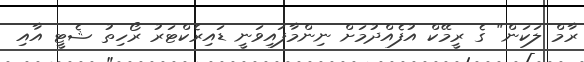
ރާމް ލަކަން" ގެ ރީމޭކް އުފެއްދުމަށް ނިންމާފައިވަނީ ޑައިރެކްޓަރު ރޯހިތު ޝެޓީ އާއި